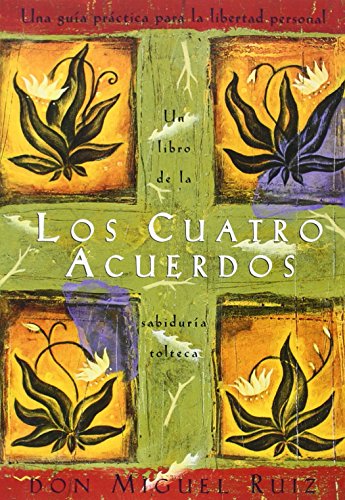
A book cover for Los cuatro acuerdos: una guia practica para la libertad personal (Spanish Edition); Don Miguel Ruiz; Politics & Social Sciences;